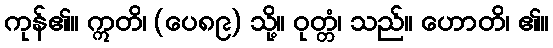
ကုန်၏။ ဣတိ၊ (ပေ၈၉) သို့။ ဝုတ္တံ၊ သည်။ ဟောတိ၊ ၏။